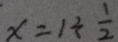
x = 1 \div \frac { 1 } { 2 }